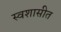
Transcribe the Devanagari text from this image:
स्वशासीत